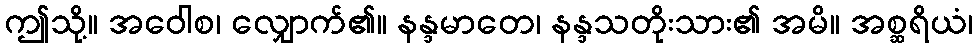
ဤသို့။ အဝေါစ၊ လျှောက်၏။ နန္ဒမာတေ၊ နန္ဒသတိုးသား၏ အမိ။ အစ္ဆရိယံ၊